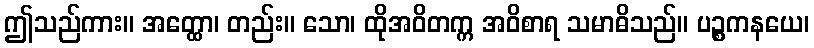
ဤသည်ကား။ အတ္ထော၊ တည်း။ သော၊ ထိုအဝိတက္က အဝိစာရ သမာဓိသည်။ ပဉ္စကနယေ၊